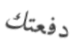
دفعتك